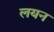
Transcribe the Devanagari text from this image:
लयन